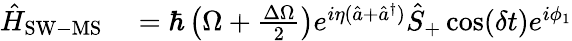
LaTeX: \begin{array}{rl}{\hat{H}_{\mathrm{SW-MS}}}&{{}=\hbar\left(\Omega+\frac{\Delta\Omega}{2}\right)e^{i\eta(\hat{a}+\hat{a}^{\dagger})}\hat{S}_{+}\cos(\delta t)e^{i\phi_{1}}}\end{array}